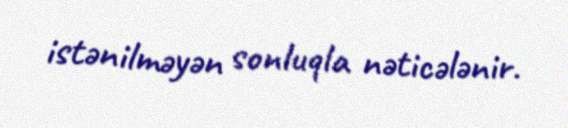
istənilməyən sonluqla nəticələnir.